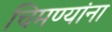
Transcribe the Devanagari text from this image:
चिमण्यांना